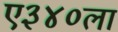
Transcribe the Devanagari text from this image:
ए३४०ला